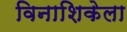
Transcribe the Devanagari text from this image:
विनाशिकेला